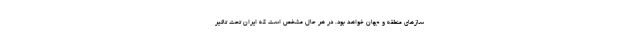
سازهای منطقه و جهان خواهد بود. در هر حال مشخص است که ایران تحت تاثیر